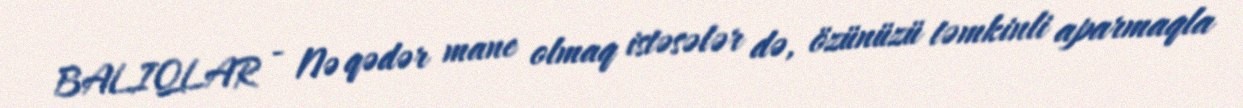
BALIQLAR - Nə qədər mane olmaq istəsələr də, özünüzü təmkinli aparmaqla